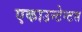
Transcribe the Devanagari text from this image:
एकाउन्टेन्टस